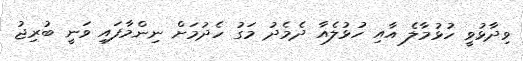
ވިދާޅުވީ ހުޅުމާލެ އާއި ހުޅުލެއާ ދެމެދު މަގު ހެދުމަށް ނިންމާފައި ވަނީ ބުރިޖު